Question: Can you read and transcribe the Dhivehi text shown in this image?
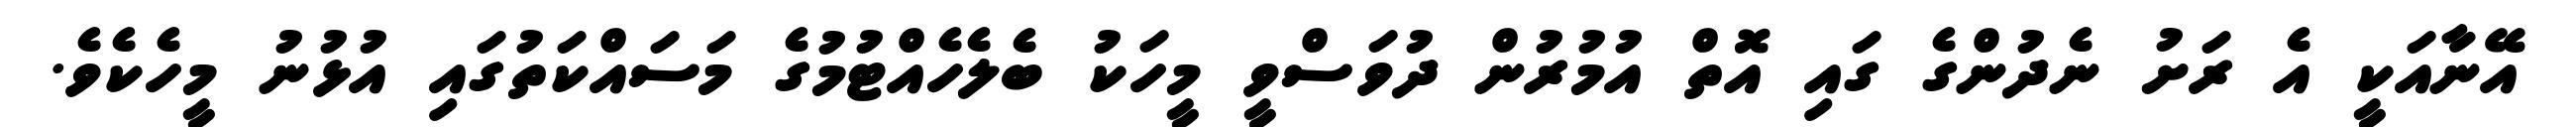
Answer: އޭނާއަކީ އެ ރަށު ނެދުންގެ ގައި އޮތް އުމުރުން ދުވަސްވީ މީހަކު ބެލެހެއްޓުމުގެ މަސައްކަތުގައި އުޅުނު މީހެކެވެ.